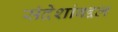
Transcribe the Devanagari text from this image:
संदेशांबद्दल